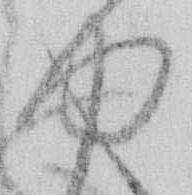
ゆ